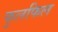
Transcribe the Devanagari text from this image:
फुलफिल